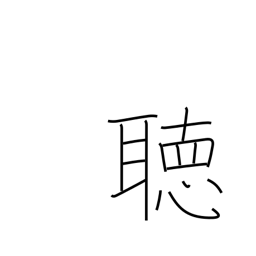
Meaning: listen